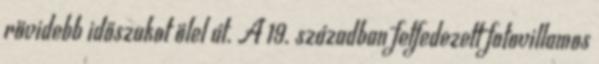
rövidebb időszakot ölel át. A 19. században felfedezett fotovillamos